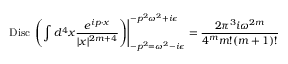
\left. \mathrm { D i s c } \; \left( \int d ^ { 4 } x { \frac { e ^ { i p \cdot x } } { | x | ^ { 2 m + 4 } } } \right) \right| _ { - p ^ { 2 } = \omega ^ { 2 } - i \epsilon } ^ { - p ^ { 2 } \omega ^ { 2 } + i \epsilon } = { \frac { 2 \pi ^ { 3 } i \omega ^ { 2 m } } { 4 ^ { m } m ! ( m + 1 ) ! } }